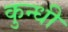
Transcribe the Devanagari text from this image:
कुन्धी